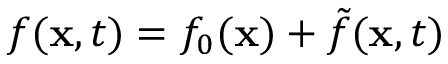
f ( { \bf x } , t ) = f _ { 0 } ( { \bf x } ) + \tilde { f } ( { \bf x } , t )